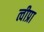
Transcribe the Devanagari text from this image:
त्वीप्रा